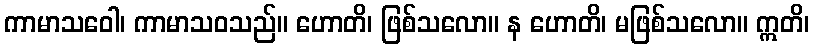
ကာမာသဝေါ၊ ကာမာသဝသည်။ ဟောတိ၊ ဖြစ်သလော။ န ဟောတိ၊ မဖြစ်သလော။ ဣတိ၊